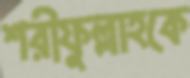
শরীফুল্লাহকে